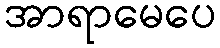
အာရာမေပေ